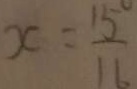
x = \frac { 1 5 } { 1 6 }